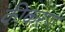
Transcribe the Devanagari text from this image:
कीकरण